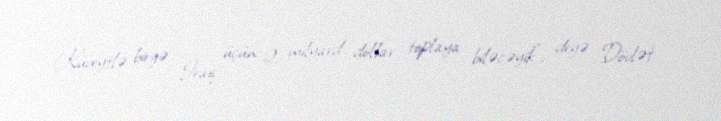
Küveytlə birgə İraq üçün 2 milyard dollar toplaya biləcəyik”, deyə Dövlət